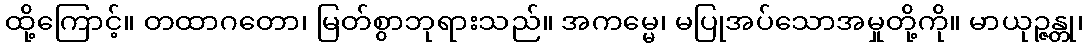
ထို့ကြောင့်။ တထာဂတော၊ မြတ်စွာဘုရားသည်။ အကမ္မေ၊ မပြုအပ်သောအမှုတို့ကို။ မာယုဉ္ဇန္တု၊